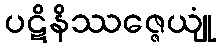
ပဋိနိဿဇ္ဇေယျုံ